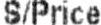
S/PRICE